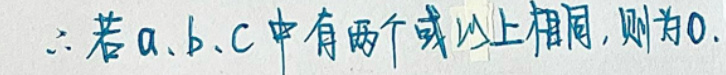
\(\therefore\)若\(a\)、\(b\)、\(c\)中有两个或以上相同，则为\(0\).